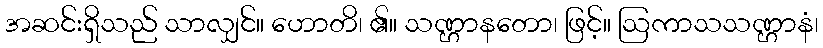
အဆင်းရှိသည် သာလျှင်။ ဟောတိ၊ ၏။ သဏ္ဌာနတော၊ ဖြင့်။ ဩကာသသဏ္ဌာနံ၊